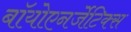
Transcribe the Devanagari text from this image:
बॉयोएनर्जेटिक्स